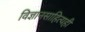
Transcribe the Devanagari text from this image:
विज्ञानसाहित्यही